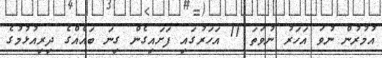
އުމުރުން ނުވަ އަހަރު ނުވަތަ 11 އަހަރުގައި ފަށައިގެން ގިނަ ބައެއްގެ ދިރިއުޅުމުގެ